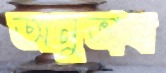
অনুভাব